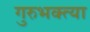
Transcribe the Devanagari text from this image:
गुरुभक्त्या